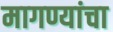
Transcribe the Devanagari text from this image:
मागण्यांचा